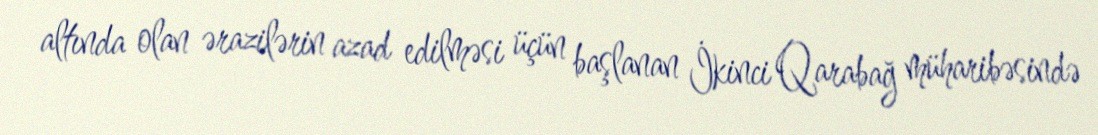
altında olan ərazilərin azad edilməsi üçün başlanan İkinci Qarabağ müharibəsində